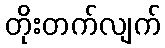
တိုးတက်လျက်